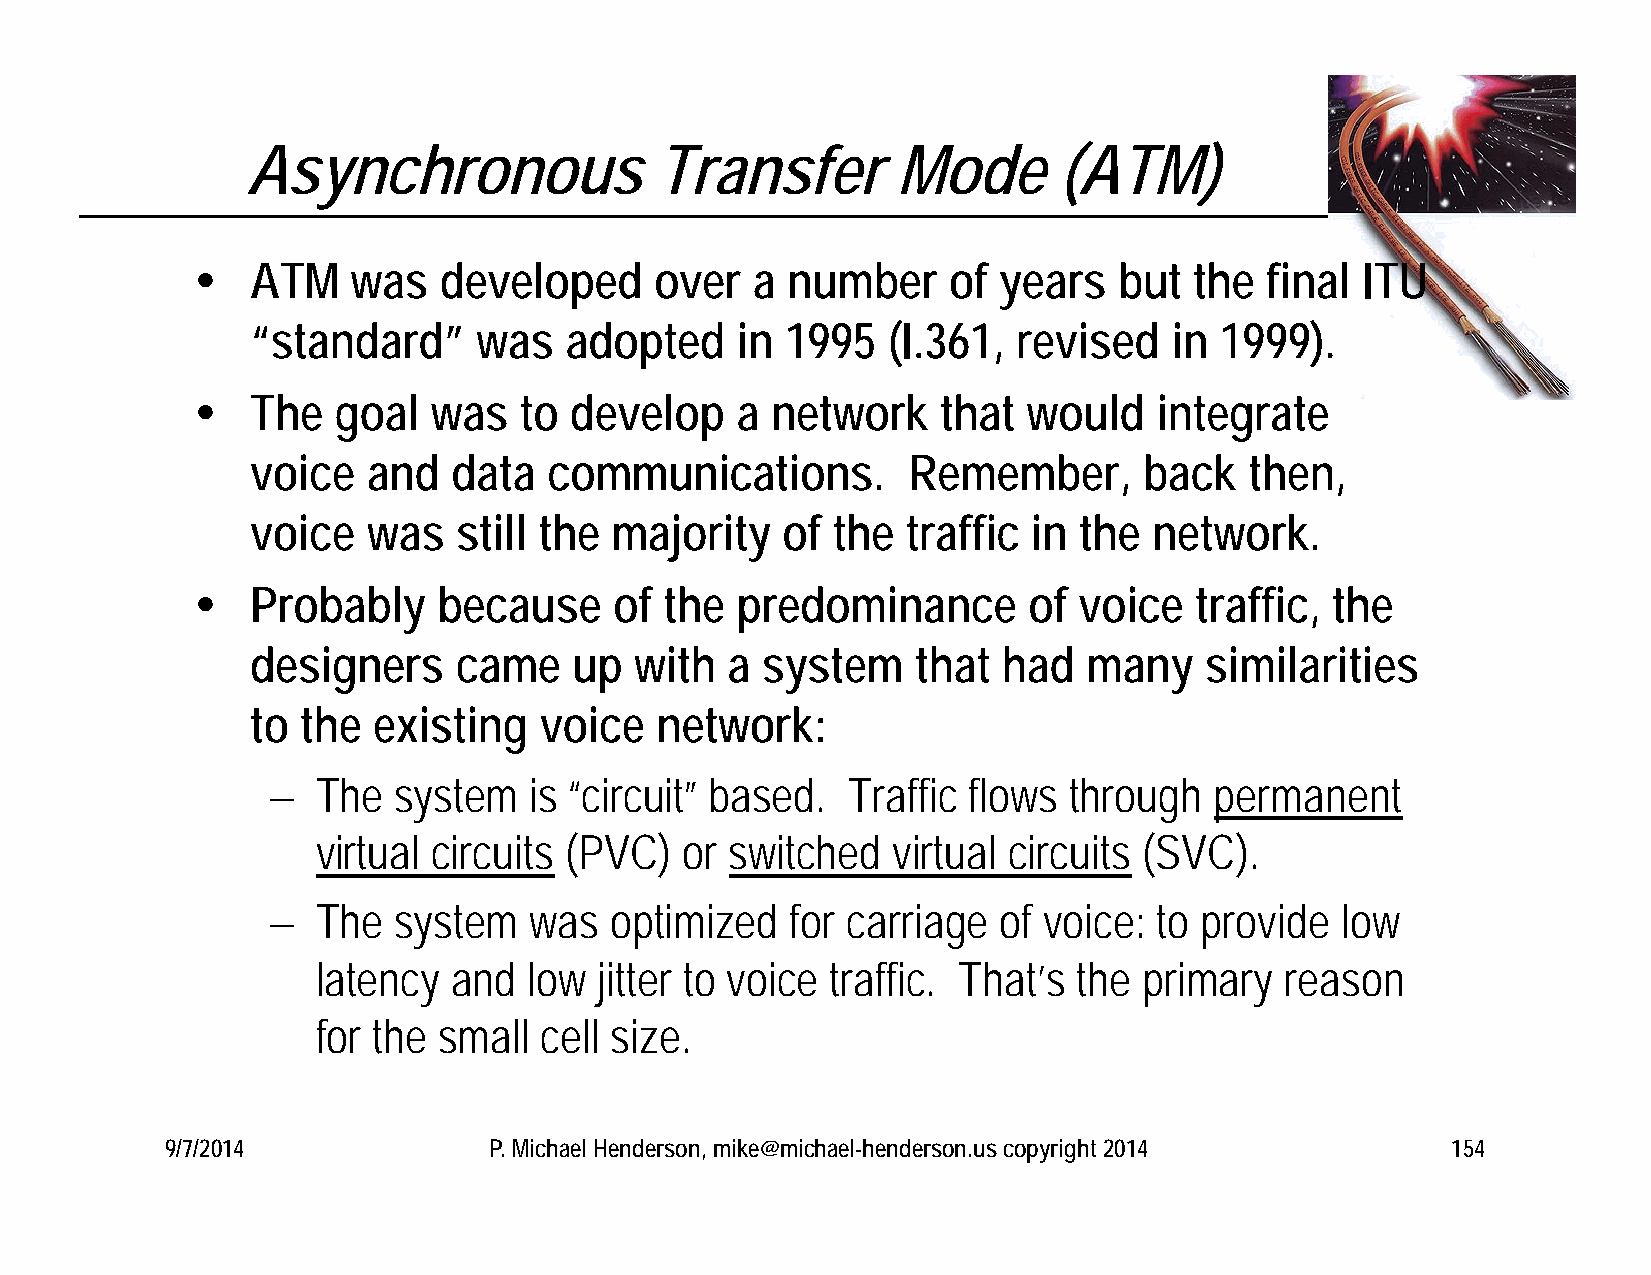
Asynchronous               Transfer        Mode       (ATM)
    ATM   was   developed     over   a number     of years   but  the  final ITU
 “standard”     was  adopted     in 1995   (I.361, revised    in 1999).
    The  goal   was  to  develop    a network    that  would    integrate
 voice  and   data  communications.         Remember,       back   then,
 voice  was   still the majority    of the  traffic in the  network.
    Probably    because     of the  predominance       of voice   traffic, the
 designers    came    up  with  a system     that had   many    similarities
 to the  existing   voice  network:
   The  system   is “circuit” based.  Traffic flows  through  permanent
 virtual circuits (PVC)  or switched   virtual circuits (SVC).
   The  system   was  optimized   for carriage  of voice:  to provide  low
 latency  and  low  jitter to voice traffic. That’s the primary  reason
 for the small  cell size.
 9/7/2014             P. Michael Henderson, mike@michael-henderson.us copyright 2014  154